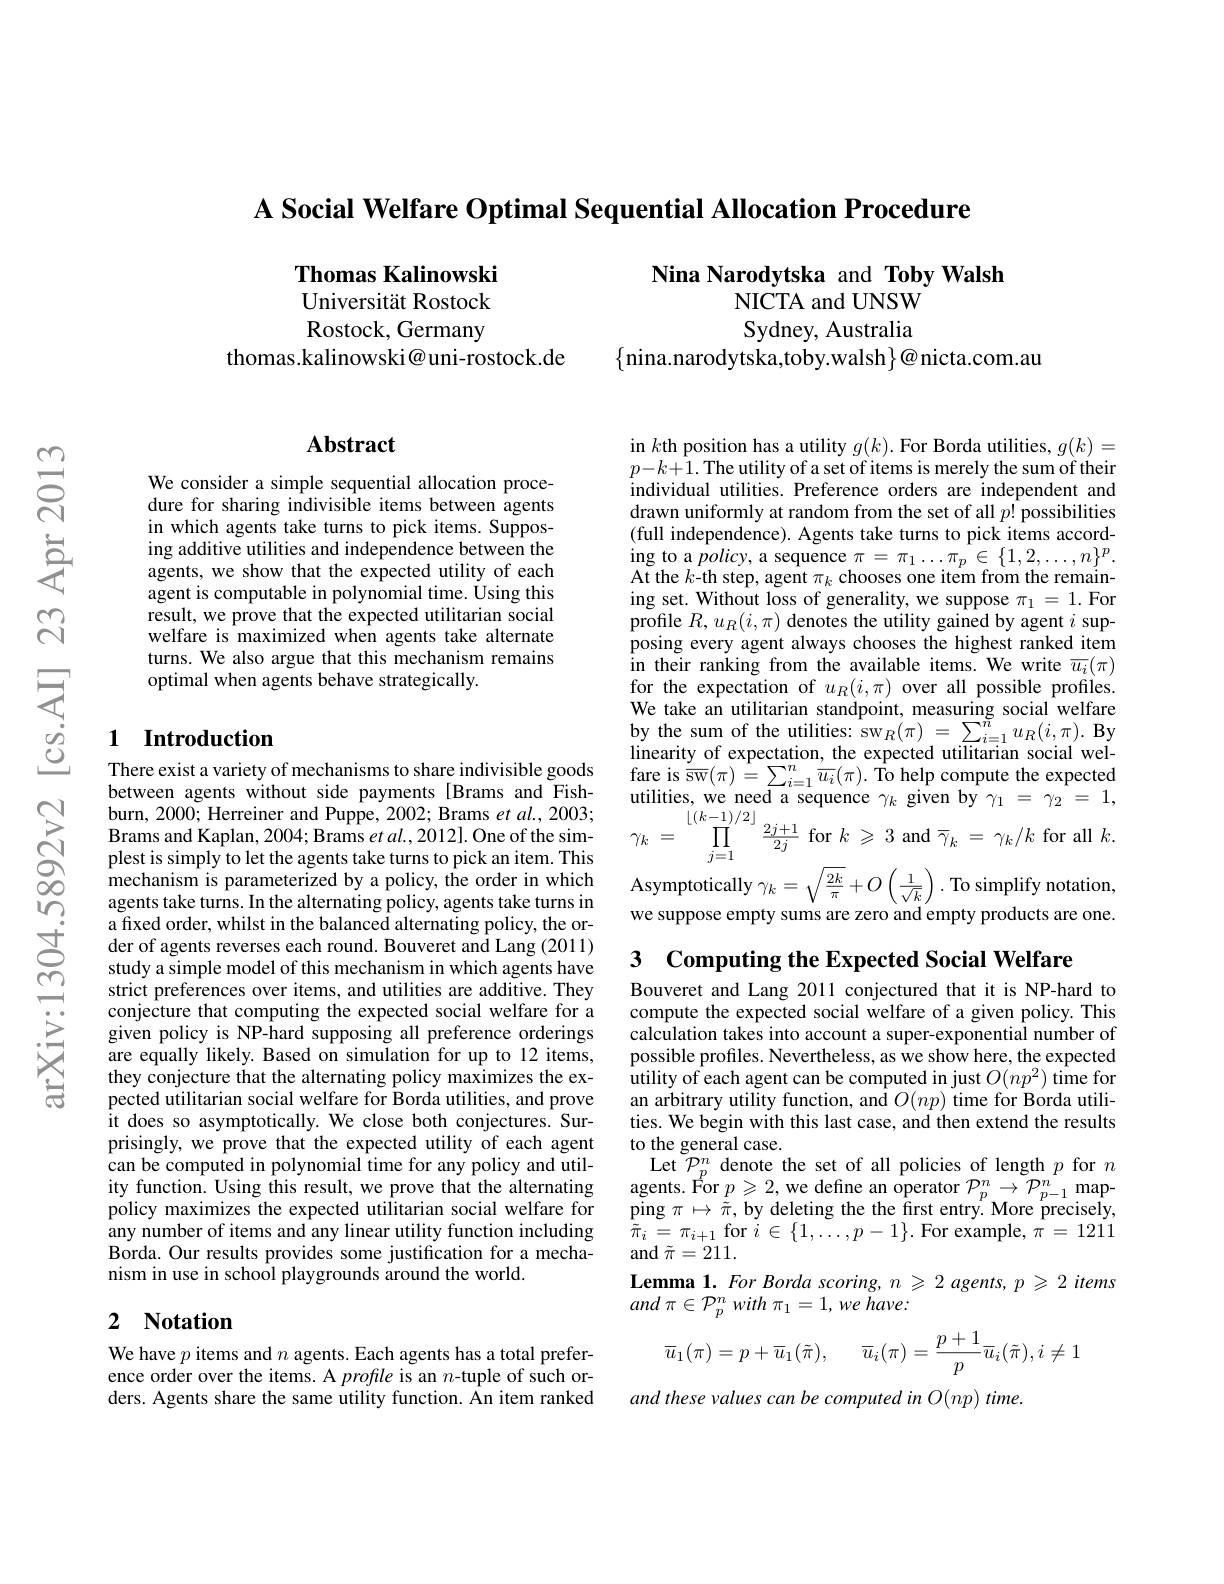
A Social Welfare Optimal Sequential Allocation Procedure

Nina Narodytska and Toby Walsh
NICTA and UNSW

Thomas Kalinowski Universität Rostock Rostock, Germany
thomas.kalinowski@uni-rostock.de

Sydney, Australia
$\{$nina.narodytska,toby.walsh$\}@$nicta.com.au

## Abstract

We consider a simple sequential allocation procedure for sharing indivisible items between agents in which agents take turns to pick items. Supposing additive utilities and independence between the agents, we show that the expected utility of each agent is computable in polynomial time. Using this result, we prove that the expected utilitarian social welfare is maximized when agents take alternate turns. We also argue that this mechanism remains optimal when agents behave strategically.

### 1 Introduction

There exist a variety of mechanisms to share indivisible goods between agents without side payments [Brams and Fishburn, 2000; Herreiner and Puppe, 2002; Brams et $al.,2003;$ Brams and Kaplan, 2004; Brams et al., 2012]. One of the simplest is simply to let the agents take turns to pick an item. This mechanism is parameterized by a policy, the order in which agents take turns. In the alternating policy, agents take turns in a fixed order, whilst in the balanced alternating policy, the order of agents reverses each round. Bouveret and Lang (2011) study a simple model of this mechanism in which agents have strict preferences over items, and utilities are additive. They conjecture that computing the expected social welfare for a given policy is NP-hard supposing all preference orderings are equally likely. Based on simulation for up to 12 items, they conjecture that the alternating policy maximizes the expected utilitarian social welfare for Borda utilities, and prove it does so asymptotically. We close both conjectures. Surprisingly, we prove that the expected utility of each agent can be computed in polynomial time for any policy and util- Let $\tilde{P}_p^n$ denote the set of all policies of length $p$ for $n$ity function. Using this result, we prove that the alternating agents. For $p\geqslant2$, we define an operator $\mathcal{P}_p^n\to\mathcal{P}_{p-1}^n$
any number of items and any linear utility function including Borda. Our results provides some justification for a mechanism in use in school playgrounds around the world.

# 2 Notation

We have $p$ items and $n$ agents. Each agents has a total preference order over the items. A profle is an $n$-tuple of such orders. Agents share the same utility function. An item ranked

in $k$th position has a utility $g(k).$ For Borda utilities, $g(k)=$ $p- k+ 1. \textbf{The utility of a set of items is merely the sum of their}$ individual utilities. Preference orders are independent and drawn uniformly at random from the set of all $p!$ possibilities (full independence). Agents take turns to pick items according to a policy, a sequence $\pi=\pi_1\ldots\pi_p\in\{1,2,\ldots,n\}^p.$ At the $k$-th step, agent $\pi_k$ chooses one item from the remaining set. Without loss of generality, we suppose $\pi_1=1.$ For profile $R,u_R(i,\pi)$ denotes the utility gained by agent $i$ supposing every agent always chooses the highest ranked item in their ranking from the available items. We write $\overline{u_{i}}(\pi)$ for the expectation of $u_R(i,\pi)$ over all possible profiles. $\begin{array}{ll}\text{We take an utilitarian standpoint, measuring social welfare}\\\text{by the sum of the utilities: sw}_{R}(\pi)&=\sum_{i=1}^{n}u_{R}(i,\pi).\textbf{By}\\\text{linearity of expectation, the expected utilitarian social wel-}\end{array}$ $\begin{array}{l}{\mathrm{fare~is~\overline{sw}(\pi)~=\sum_{i=1}^{n}\overline{u_{i}}(\pi).~\hat{\text{To help compute the expected}}}\\{\mathrm{utilities,~we~neeed~a~sequence~}\gamma_{k}~\mathrm{given~by~}\gamma_{1}~=~\gamma_{2}~=~1,}\end{array}}\\\begin{array}{ll}{\mathrm{utilities,~we~need~a~sequence~}\gamma_{k}~\mathrm{given~by~}\gamma_{1}~=~\gamma_{2}~=~1,}\end{array}$ $\gamma _{k}$ = $\prod _{i= 1}^{\lfloor ( k- 1) / 2\rfloor }\frac {2j+ 1}{2j}$ for$k$ $\geqslant$ 3and$\overline {\gamma }_k$ = $\gamma _{k}/ k$ for all$k$ Asymptotically $\gamma_k=\sqrt{\frac{2k}{\pi}}+O\left(\frac{1}{\sqrt{k}}\right).$ To simplify notation we suppose empty sums are zero and empty products are one.

3 Computing the Expected Social Welfare

Bouveret and Lang 2011 conjectured that it is NP-hard to compute the expected social welfare of a given policy. This calculation takes into account a super-exponential number of possible profiles. Nevertheless, as we show here, the expected utility of each agent can be computed in just $O(np^{2})$ time for $\begin{array}{l}\text{an arbitrary utility function, and}\:O(np)\:\text{time for Borda utili-}\\\text{ties. We begin with this last case, and then extend the results}\end{array}$ to the general case.
$\tilde{\pi}_{i}=\pi_{i+1}$ for $i\in\{1,\ldots,p-1\}.$ For example, $\pi=1211$
and $\tilde{\pi}=211.$
Lemma 1. For Borda scoring, $n\geqslant2$ agents, p $\geqslant2$ items
and $\pi \in \mathcal{P} _p^n$ with $\pi _1= 1$, $we$ $have:$
$$\overline{u}_{1}(\pi)=p+\overline{u}_{1}(\tilde{\pi}),\quad\overline{u}_{i}(\pi)=\frac{p+1}{p}\overline{u}_{i}(\tilde{\pi}),i\neq1$$
and these values can be computed in O(np) time.